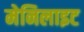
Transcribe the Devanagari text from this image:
मेनिलाइट